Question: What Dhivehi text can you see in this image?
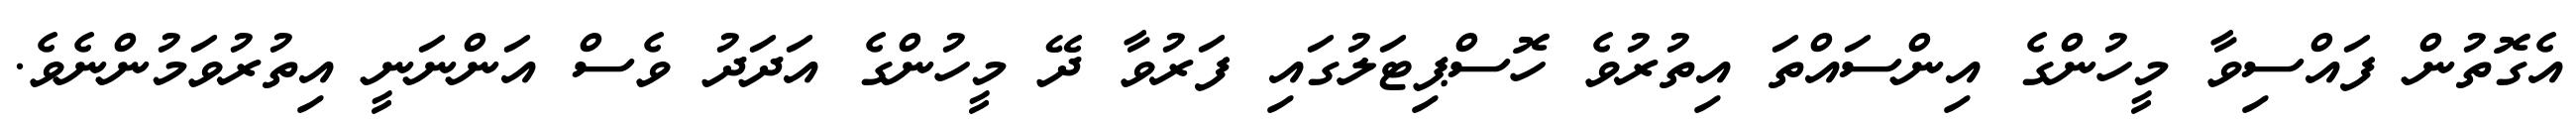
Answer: އެގޮތުން ފައްސިވާ މީހުންގެ އިންސައްތަ އިތުރުވެ ހޮސްޕިޓަލުގައި ފަރުވާ ދޭ މީހުންގެ އަދަދު ވެސް އަންނަނީ އިތުރުވަމުންނެވެ.